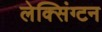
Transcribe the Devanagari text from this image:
लेक्सिंग्‍टन